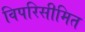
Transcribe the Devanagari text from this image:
विपरिसीमित